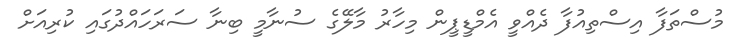
މުސްތަފާ އިސްތިއުފާ ދެއްވީ އެމްޑީޕީން މިހާރު މާލޭގެ ސުނާމީ ބިނާ ސަރަހައްދުގައި ކުރިއަށް